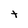
Character: t